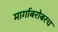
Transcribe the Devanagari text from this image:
मार्गाबरोबरच